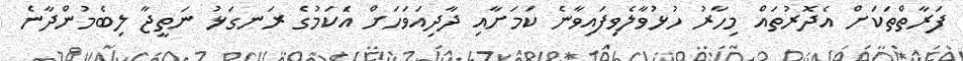
ފަރާތްތަކަށް އެދޮރުތައް މިހާރު ހުޅުވާލެވިފައިވާނެ ކަމަށާއި ދާދިއަވަހަށް އެަކަމުގެ ރަނގަޅު ނަތީޖާ ލިބެމުންދާނެ